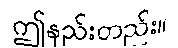
ဤနည်းတည်း။